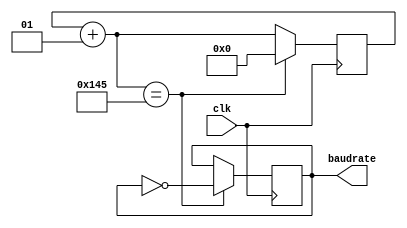
`timescale 1ns / 1ps
//////////////////////////////////////////////////////////////////////////////////
// Company: 
// Engineer: 
// 
// Design Name: 
// Module Name: clockDiv
// Project Name: 
// Target Devices: 
// Tool Versions: 
// Description: 
// 
// Dependencies: 
// 
// Revision:
// Revision 0.01 - File Created
// Additional Comments:
// 
//////////////////////////////////////////////////////////////////////////////////


module clockDiv(
       input clk,
       output reg baudrate
    );
    integer counter;
    always @(posedge clk)
    begin
        counter = counter + 1;
        if (counter == 325)
        begin
            counter = 0;
            baudrate = ~baudrate;
        end
    end
endmodule